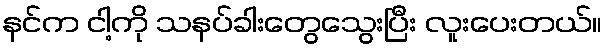
နင်က ငါ့ကို သနပ်ခါးတွေသွေးပြီး လူးပေးတယ်။